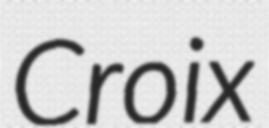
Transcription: Croix